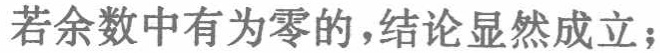
若余数中有为零的,结论显然成立；